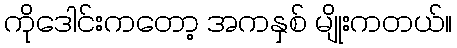
ကိုဒေါင်းကတော့ အကနှစ် မျိုးကတယ်။